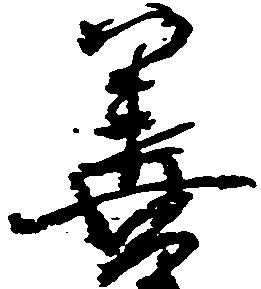
善